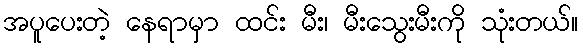
အပူပေးတဲ့ နေရာမှာ ထင်း မီး၊ မီးသွေးမီးကို သုံးတယ်။